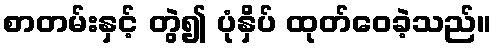
စာတမ်းနှင့် တွဲ၍ ပုံနှိပ် ထုတ်ဝေခဲ့သည်။